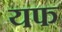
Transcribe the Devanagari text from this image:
यफ